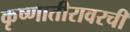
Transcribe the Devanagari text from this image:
कृष्णातीरावरची